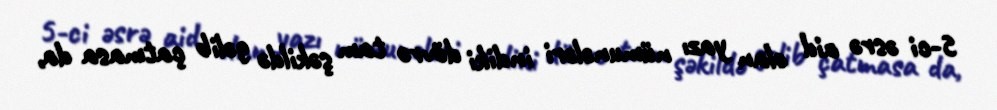
5-ci əsrə aid olan yazı nümunələri indiki dövrə tam şəkildə gəlib çatmasa da,